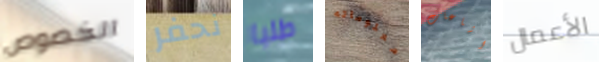
الخصوص نحفر طلبا معلوماته اشاعات الأعمال